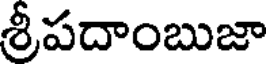
శ్రీపదాంబుజా